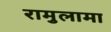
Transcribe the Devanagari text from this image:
रामुलामा